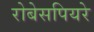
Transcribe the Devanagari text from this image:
रोबेसपियरे